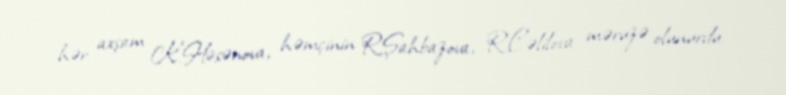
hər axşam K.Həsənova, həmçinin R.Şahbazova, R.Cəlilova məruzə olunurdu.